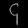
Digit: ၄